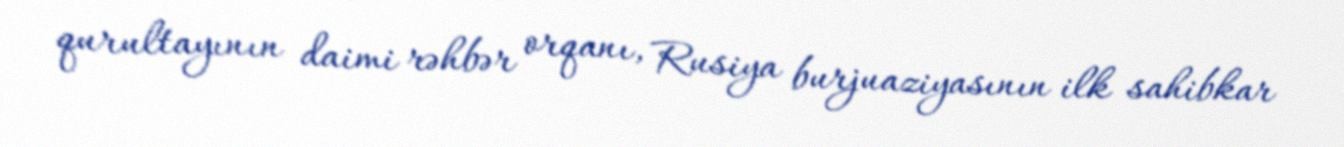
qurultayının daimi rəhbər orqanı, Rusiya burjuaziyasının ilk sahibkar